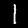
Label: 1